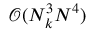
\mathcal { O } ( N _ { k } ^ { 3 } N ^ { 4 } )